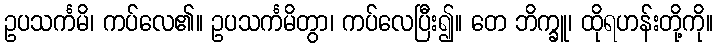
ဥပသင်္ကမိ၊ ကပ်လေ၏။ ဥပသင်္ကမိတွာ၊ ကပ်လေပြီး၍။ တေ ဘိက္ခူ၊ ထိုရဟန်းတို့ကို။